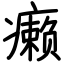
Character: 癞